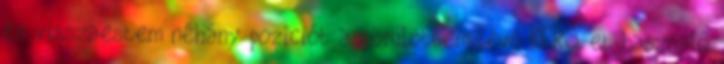
és visszaestem néhány pozíciót a körülöttem lévő KERS-et használó